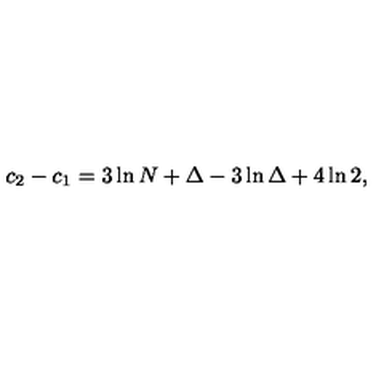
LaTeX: c _ { 2 } - c _ { 1 } = 3 \ln N + \Delta - 3 \ln \Delta + 4 \ln 2 ,